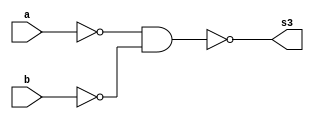
// Guia 04
// Nome: Raphaela Fernanda Silva

module orgate ( s3, a, b );
output s3;
input a, b;
wire s5, s6;

nand NAND1(s5,a,a);
nand NAND2(s6,b,b);
nand NAND3(s3,s5,s6);

endmodule



module andgate ( s1, a, b );
output s1;
input a, b;
wire s4;

nand NAND4(s4,a,b); 
nand NAND5(s1,s4);

endmodule



module notgate ( s7, s1);
output s7;
input s1;

nand NAND8(s7,s1,s1);

endmodule



module operadorMS( s0, s1, a, b );
output s0,s1;
input a, b;
wire s2, s3;

orgate OR1(s2,a,b);
andgate AND1(s1,a,b);
notgate NOT1(s3,s1);
andgate AND2(s0,s2,s3);

endmodule


module testMS;
reg a,b;
wire s0,s1;

operadorMS MS ( s0, s1, a, b );

 initial begin : start
		a=0; b=0;
end

initial begin : main

#1 $display ( " Operador Meia Soma - Modelo Tradicional " );
#1 $display ( " a + b = s1 s0" );
	$monitor ( " %b + %b =  %b  %b ",a,b,s1,s0);
	
		#1	a=0;	b=1;
 		#1	a=1;	b=0;
		#1	a=1;	b=1;
		
end

endmodule

//  Operador Meia Soma - Modelo Tradicional
//  a + b = s1 s0
//  0 + 0 =  0  0 
//  0 + 1 =  0  1 
//  1 + 0 =  0  1 
//  1 + 1 =  1  0